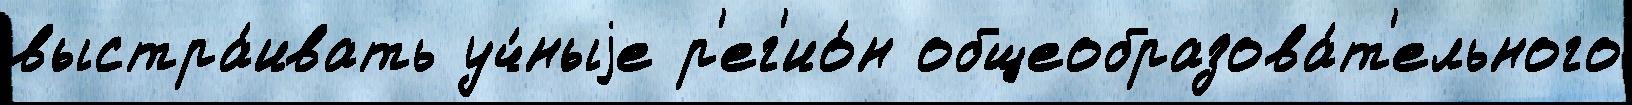
выстра́ивать уч́ныjе р'ег'ио́н общеобразова́т'ельного